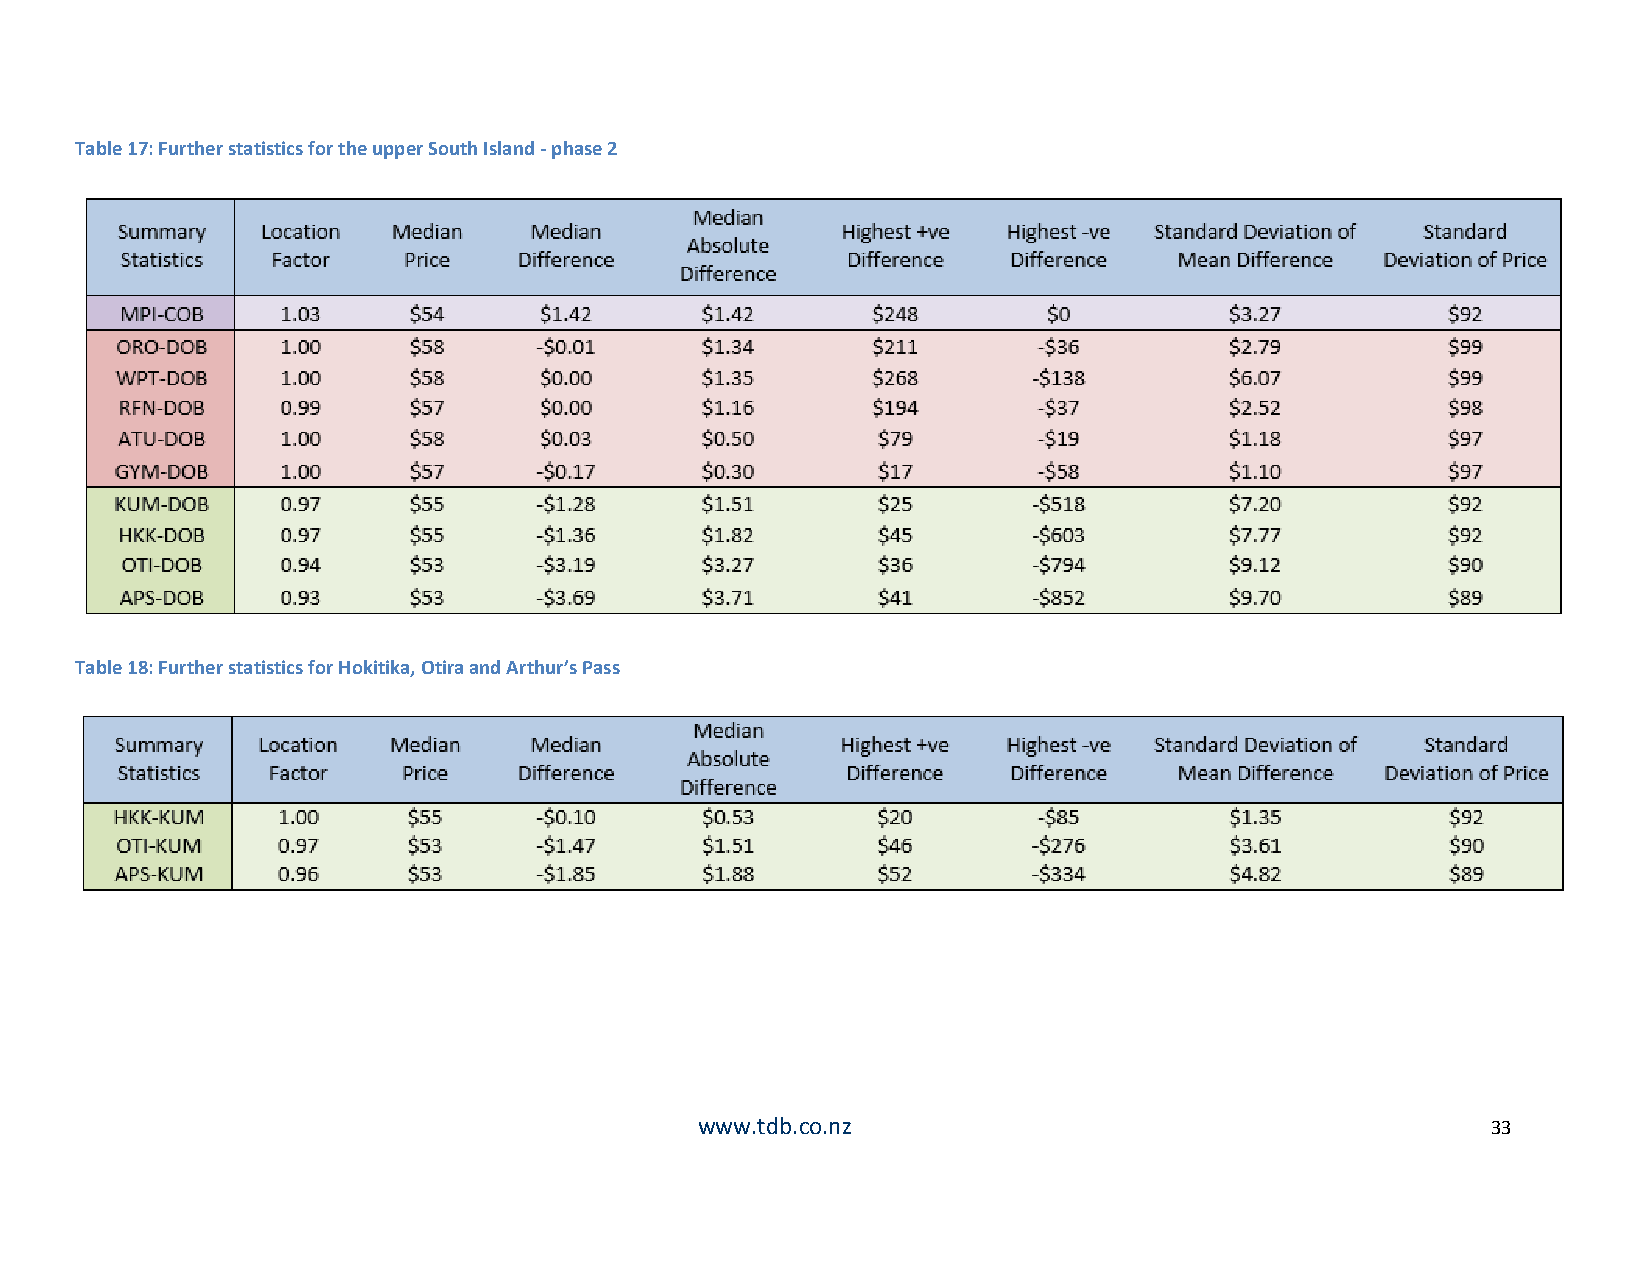
Table 17: Further statistics for the upper South Island - phase 2
 Table 18: Further statistics for Hokitika, Otira and Arthur’s Pass
 www.tdb.co.nz                                        33